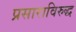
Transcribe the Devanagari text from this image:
प्रसाराविरुद्ध